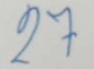
27